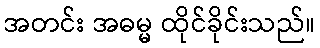
အတင်း အဓမ္မ ထိုင်ခိုင်းသည်။